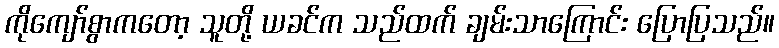
ကိုကျော်စွာကတော့ သူတို့ ယခင်က သည်ထက် ချမ်းသာကြောင်း ပြောပြသည်။